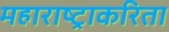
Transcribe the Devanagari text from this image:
महाराष्ट्राकरिता